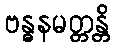
ဗန္ဓနမတ္တန္တိ